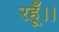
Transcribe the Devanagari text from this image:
रहूँ।।